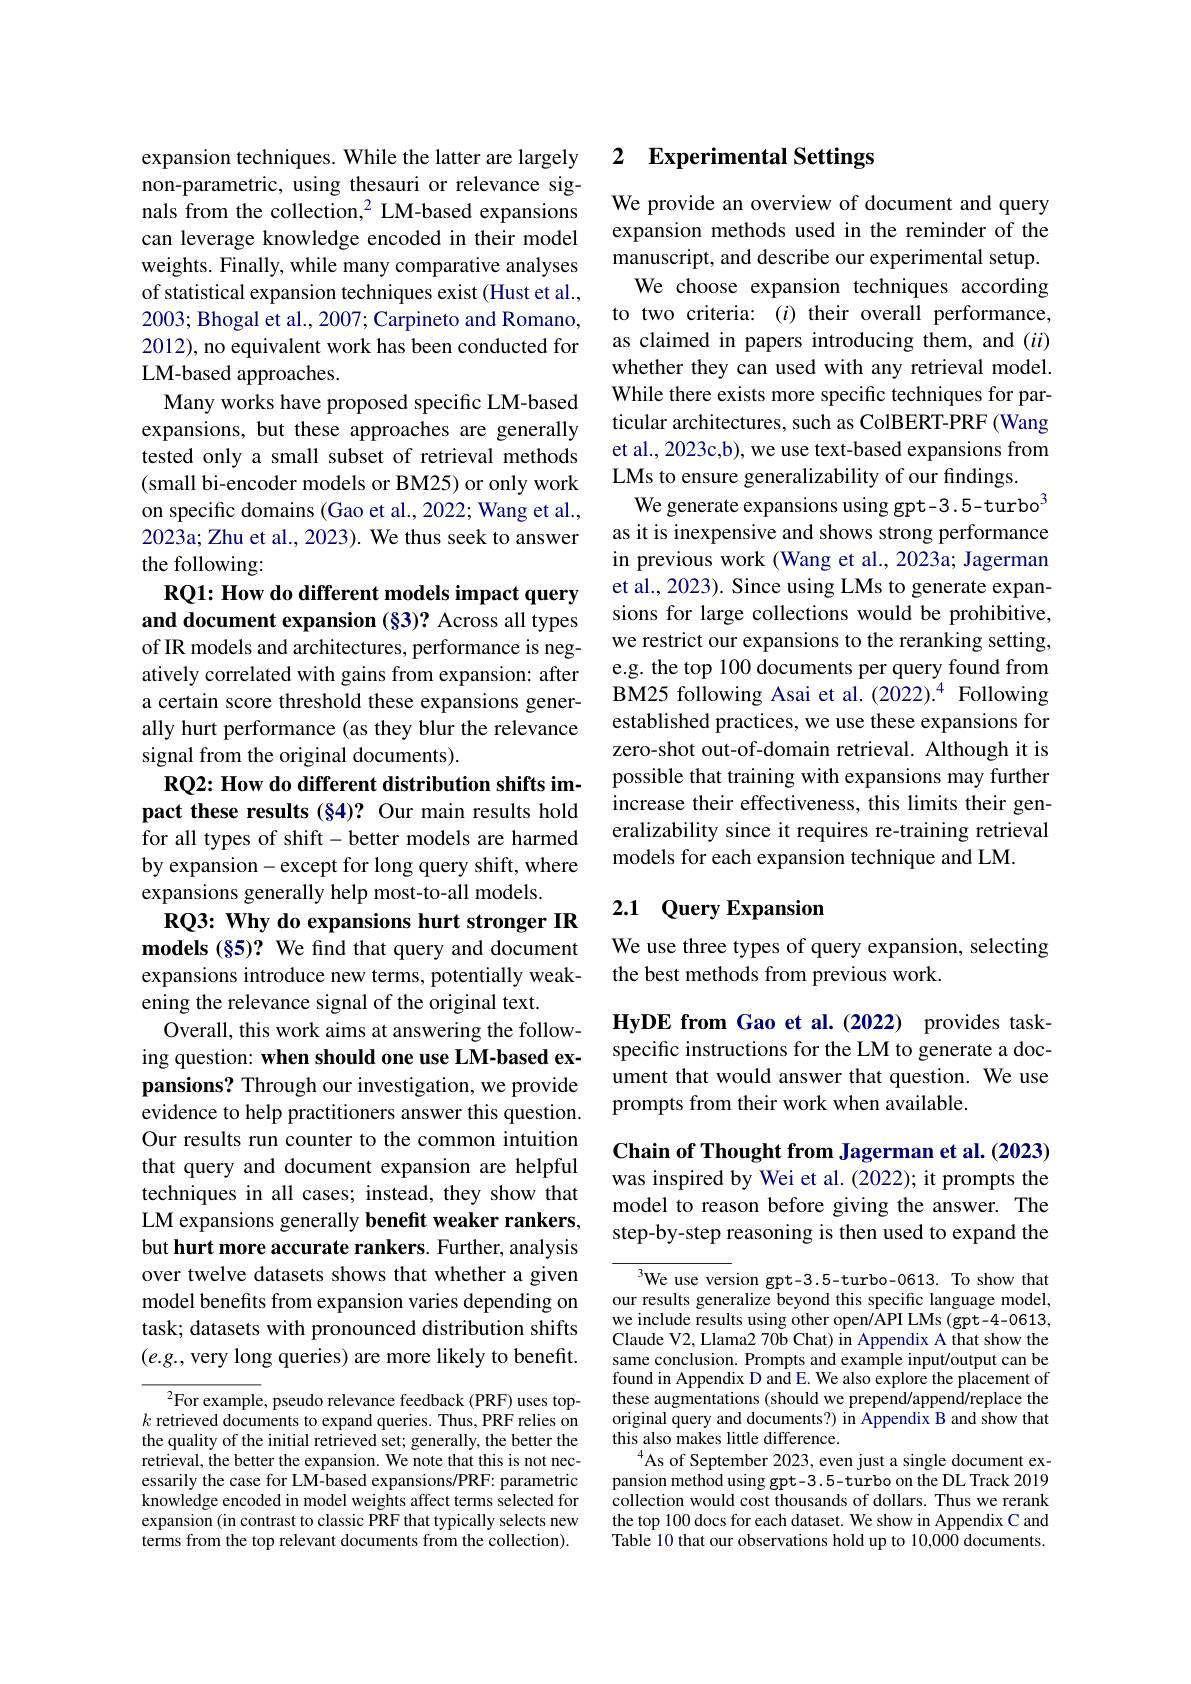
expansion techniques. While the latter are largely non-parametric, using thesauri or relevance signals from the collection,$^2$ LM-based expansions can leverage knowledge encoded in their model weights. Finally, while many comparative analyses of statistical expansion techniques exist (Hust et al., 2003; Bhogal et al., 2007; Carpineto and Romano, 2012), no equivalent work has been conducted for LM-based approaches.
Many works have proposed specific LM-based expansions, but these approaches are generally tested only a small subset of retrieval methods (small bi-encoder models or BM25) or only work on specific domains (Gao et al., 2022; Wang et al., 2023a; Zhu et al., 2023). We thus seek to answer the following:

RQ1: How do different models impact query and document expansion (§3)? Across all types

of IR models and architectures, performance is negatively correlated with gains from expansion: after a certain score threshold these expansions generally hurt performance (as they blur the relevance signal from the original documents).
RQ2: How do different distribution shifts impact these results (§4)? Our main results hold for all types of shift-better models are harmed by expansion- except for long query shift, where expansions generally help most-to-all models.
RQ3: Why do expansions hurt stronger IR models (§5)? We find that query and document expansions introduce new terms, potentially weakening the relevance signal of the original text.
Overall, this work aims at answering the following question: when should one use LM-based expansions? Through our investigation, we provide evidence to help practitioners answer this question. Our results run counter to the common intuition that query and document expansion are helpful techniques in all cases; instead, they show that LM expansions generally benefit weaker rankers, but hurt more accurate rankers. Further, analysis over twelve datasets shows that whether a given model benefits from expansion varies depending on task; datasets with pronounced distribution shifts $(e.g.$, very long queries) are more likely to benefit.
$^2$For example, pseudo relevance feedback (PRF) uses top-

$k$ retrieved documents to expand queries. Thus, PRF relies on the quality of the initial retrieved set; generally, the better the retrieval, the better the expansion. We note that this is not necessarily the case for LM-based expansions/PRF: parametric knowledge encoded in model weights affect terms selected for expansion (in contrast to classic PRF that typically selects new terms from the top relevant documents from the collection).

## 2 $\textbf{Experimental Settings}$

We provide an overview of document and query expansion methods used in the reminder of the manuscript, and describe our experimental setup.
We choose expansion techniques according to two criteria: $(i)$ their overall performance, as claimed in papers introducing them, and $(ii)$ whether they can used with any retrieval model. While there exists more specific techniques for particular architectures, such as ColBERT-PRF (Wang et al., 2023c,b), we use text-based expansions from LMs to ensure generalizability of our findings.
We generate expansions using gpt-3.5-turbo^3 as it is inexpensive and shows strong performance in previous work (Wang et al., 2023a; Jagerman et al., 2023). Since using LMs to generate expansions for large collections would be prohibitive, we restrict our expansions to the reranking setting, e.g. the top 100 documents per query found from $\ddot{\text{BM25 following Asai et al.(2022).}^{4}}$ Following established practices,we use these expansions for zero-shot out-of-domain retrieval. Although it is possible that training with expansions may further increase their effectiveness, this limits their generalizability since it requires re-training retrieval models for each expansion technique and LM.

# 2.1 Query Expansion

We use three types of query expansion, selecting
the best methods from previous work.

HyDE from Gao et al.(2022) provides taskspecific instructions for the LM to generate a document that would answer that question. We use prompts from their work when available.

Chain of Thought from Jagerman et al. (2023) was inspired by Wei et al. (2022); it prompts the

model to reason before giving the answer.The step-by-step reasoning is then used to expand the

We use version gpt-3.5-turbo-0613. To show that our results generalize beyond this specific language model, we include results using other open/API LMs (gpt-4-0613, Claude V2, Llama2 70b Chat) in Appendix A that show the same conclusion. Prompts and example input/output can be found in Appendix D and E. We also explore the placement of these augmentations (should we prepend/append/replace the original query and documents?) in Appendix B and show that this also makes little difference.
$^{4}$As of September 2023, even just a single document expansion method using gpt-3.5-turbo on the DL Track 2019 collection would cost thousands of dollars. Thus we rerank the top 100 docs for each dataset. We show in Appendix C and Table 10 that our observations hold up to 10,000 documents.